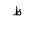
Letter: _za